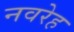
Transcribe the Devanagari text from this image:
नवरेह